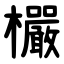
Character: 欕